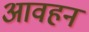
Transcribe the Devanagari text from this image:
आवहन